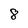
Character: 8